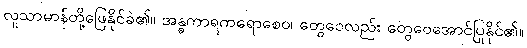
လူသာမာန်တို့ဖြေနိုင်ခဲ၏။ အန္ဓကာရကရောစေဝ၊ တွေဝေလည်း တွေဝေအောင်ပြုနိုင်၏။